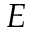
E